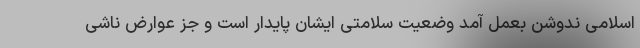
اسلامی ندوشن بعمل آمد وضعیت سلامتی ایشان پایدار است و جز عوارض ناشی